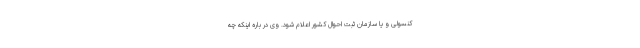
کنسولی و یا سازمان ثبت احوال کشور اعلام شود. وی در باره اینکه چه